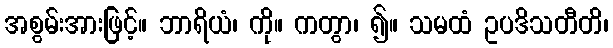
အစွမ်းအားဖြင့်။ ဘာရိယံ၊ ကို။ ကတွာ၊ ၍။ သမထံ ဥပဒိသတီတိ၊